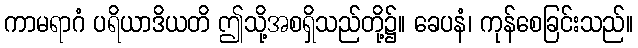
ကာမရာဂံ ပရိယာဒိယတိ ဤသို့အစရှိသည်တို့၌။ ခေပနံ၊ ကုန်စေခြင်းသည်။